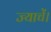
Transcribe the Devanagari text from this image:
ज्याचें।